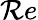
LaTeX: {\mathcal{R}e}